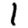
Digit: 1